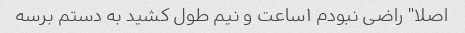
اصلا" راضى نبودم ١ساعت و نیم طول کشید به دستم برسه